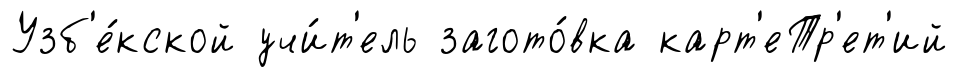
Узб'е́кской учи́т'ель загото́вка карт'еТр'ет'ий